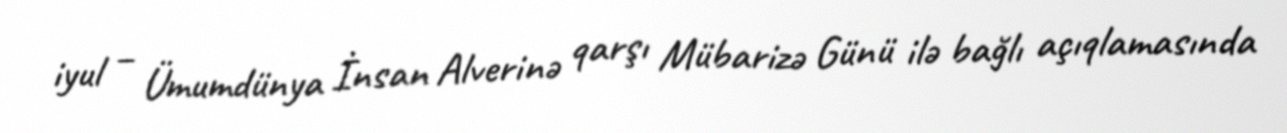
iyul – Ümumdünya İnsan Alverinə qarşı Mübarizə Günü ilə bağlı açıqlamasında